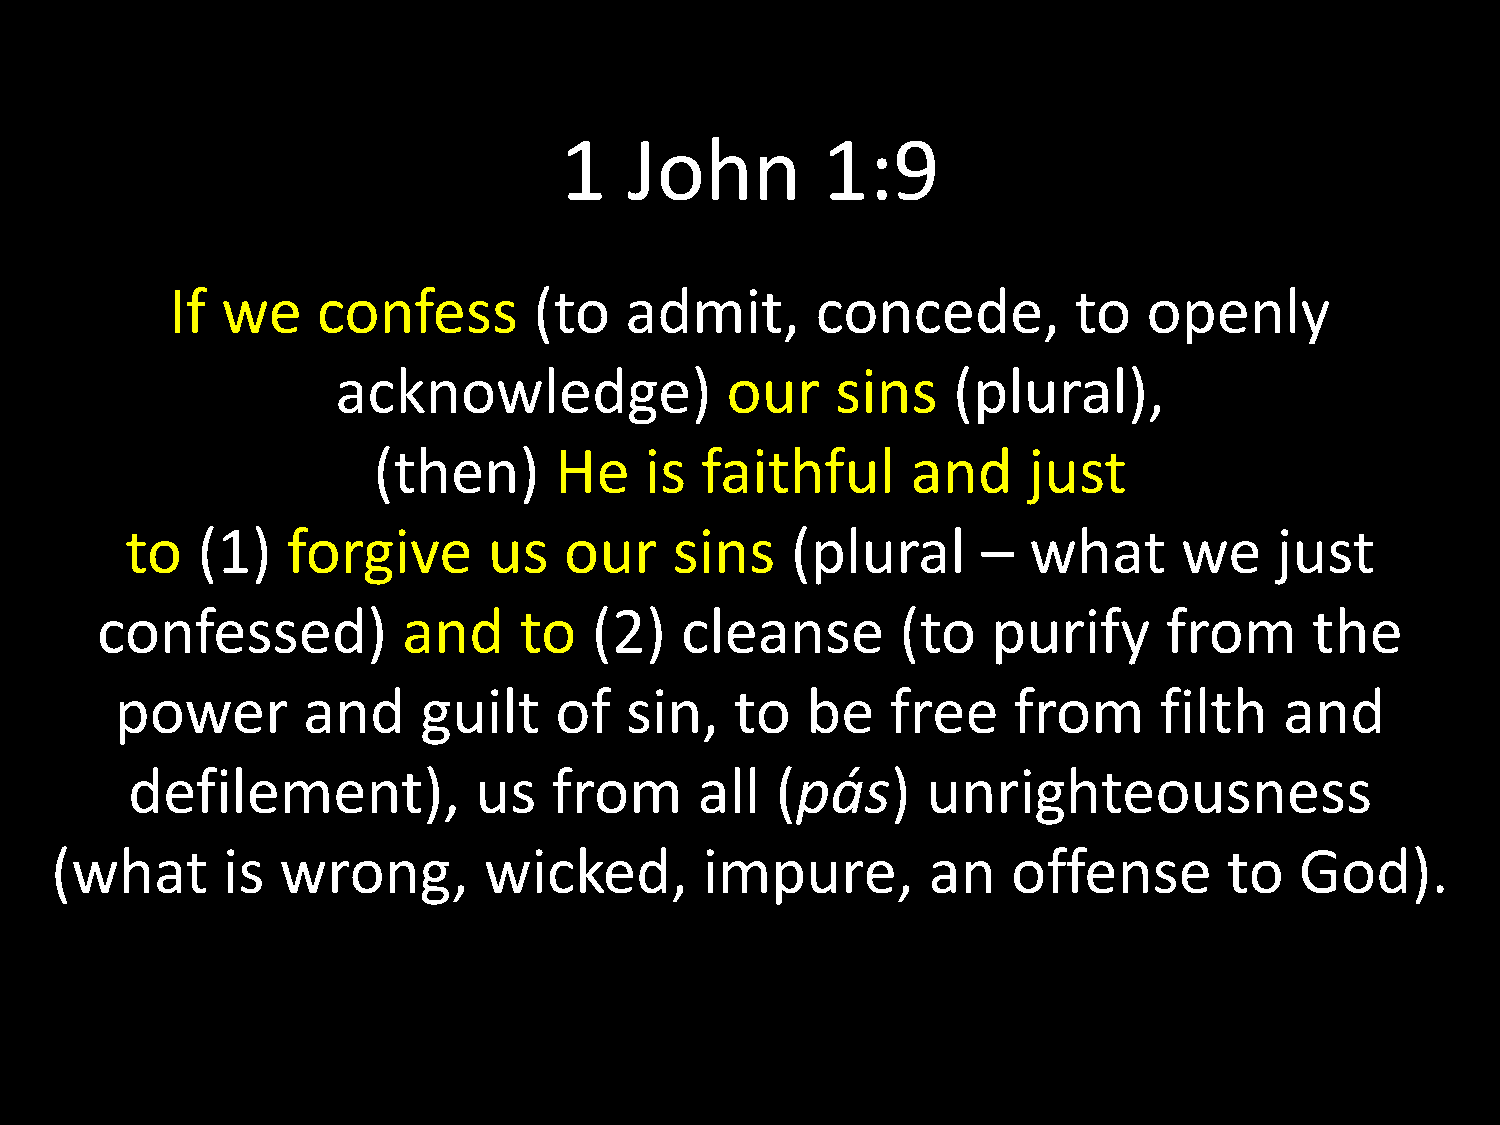
1    John        1:9
 If  we    confess       (to   admit,       concede,         to   openly
 acknowledge)              our    sins    (plural),
 (then)      He    is faithful      and     just
 to   (1)   forgive      us   our     sins   (plural      –  what      we     just
 confessed)           and    to   (2)   cleanse        (to   purify     from      the
 power       and     guilt    of  sin,    to  be    free    from      filth   and
 defilement),           us    from     all  (pás)     unrighteousness
 (what       is wrong,        wicked,        impure,       an    offense       to   God).